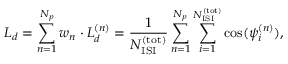
{ \cal L } _ { d } = \sum _ { n = 1 } ^ { N _ { p } } w _ { n } \cdot { \cal L } _ { d } ^ { ( n ) } = { \frac { 1 } { N _ { \mathrm { I S I } } ^ { \mathrm { ( t o t ) } } } } \sum _ { n = 1 } ^ { N _ { p } } \sum _ { i = 1 } ^ { N _ { \mathrm { I S I } } ^ { \mathrm { ( t o t ) } } } \cos ( \psi _ { i } ^ { ( n ) } ) ,